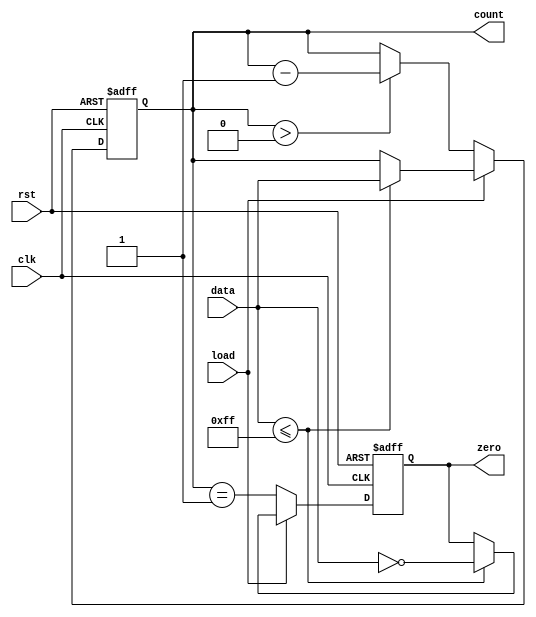
module MemoryBlocksDownCounter (
    input wire clk,          // Clock signal
    input wire rst,          // Asynchronous reset
    input wire load,         // Load control signal
    input wire [7:0] data,   // Input data for loading a specific value
    output reg [7:0] count,   // Current count value
    output reg zero          // Zero flag
);

    // Initial value for the counter
    parameter INITIAL_VALUE = 8'd255; // Predefined initial value

    // Counter state
    always @(posedge clk or posedge rst) begin
        if (rst) begin
            // Asynchronous reset: load initial value
            count <= INITIAL_VALUE;
            zero <= 1'b0;
        end else if (load) begin
            // Load new count value from data
            if (data <= INITIAL_VALUE) begin  // Ensuring proper loading
                count <= data;
                zero <= (data == 0);
            end
        end else begin
            // Down counting
            if (count > 0) begin
                count <= count - 1;
            end
            // Update zero flag
            zero <= (count == 1);
        end
    end

endmodule